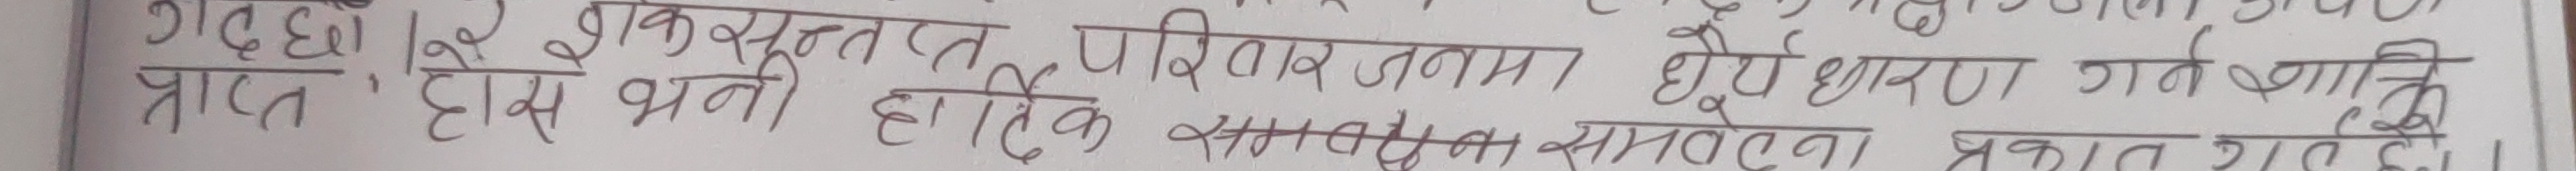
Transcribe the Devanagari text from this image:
गद्दों इक्षुसूत्रन परिवार जन धैर्य धारण करते जाती हैं।
प्राप्त इसे धनी हार्दिक समवेदना प्रकट गए हैं।